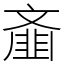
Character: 齑